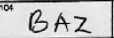
Transcription: BAZ